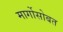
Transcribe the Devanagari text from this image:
मार्गोसोबत